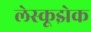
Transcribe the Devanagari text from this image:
लेस्कूझेक